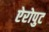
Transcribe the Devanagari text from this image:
ऐरोपुट